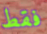
فقط